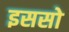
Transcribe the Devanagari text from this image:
इससो